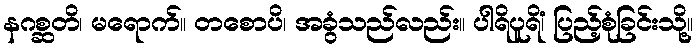
နဂစ္ဆတိ၊ မရောက်။ တစောပိ၊ အခွံသည်လည်း။ ပါရိပူရိံ၊ ပြည့်စုံခြင်းသို့။